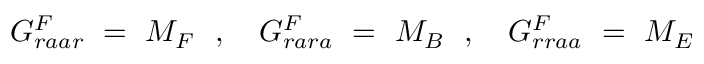
G _ { r a a r } ^ { F } \ = \ M _ { F } \ \ , \ \ \ G _ { r a r a } ^ { F } \ = \ M _ { B } \ \ , \ \ \ G _ { r r a a } ^ { F } \ = \ M _ { E }